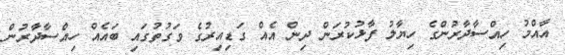
އާއްމު ހިއްސާދާރުންގެ ހިޔާލު ފާޅުކުރަން ދިން އެއް ގަޑިއިރުގެ ވަގުތުގައި ބައެއް ހިއްސާދާރުން